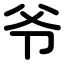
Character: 爷